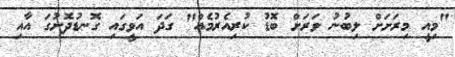
"މިއީ މިރަށަށް ލިބުނު ވަރަށް ބޮޑު ކުރިއެރުމެއް" ގަދަ އަވީގައި ގޮނޑުދޮށުގަ އާއި